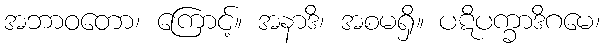
အဘာဝတော၊ ကြောင့်။ အနာဒိ၊ အစမရှိ။ ပဋိပက္ခာဒိဂမေ၊